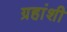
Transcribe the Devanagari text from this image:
ग्रहांशी